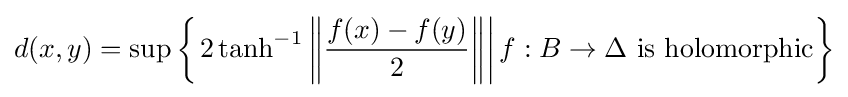
d(x,y)=\sup \left\{\left.2\tanh ^{-1}\left\|{\frac {f(x)-f(y)}{2}}\right\|\right|f:B\to \Delta {\mbox{ is holomorphic}}\right\}